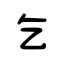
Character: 乞